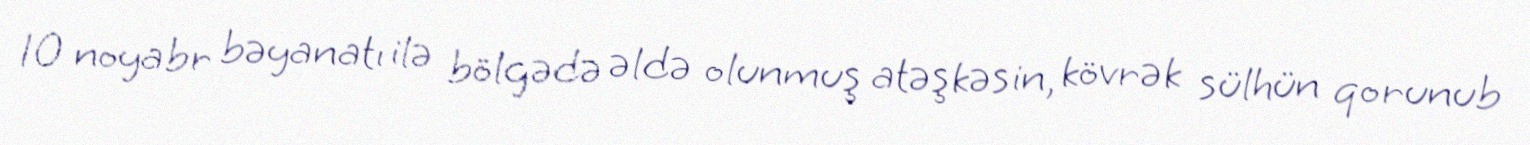
10 noyabr bəyanatı ilə bölgədə əldə olunmuş atəşkəsin, kövrək sülhün qorunub